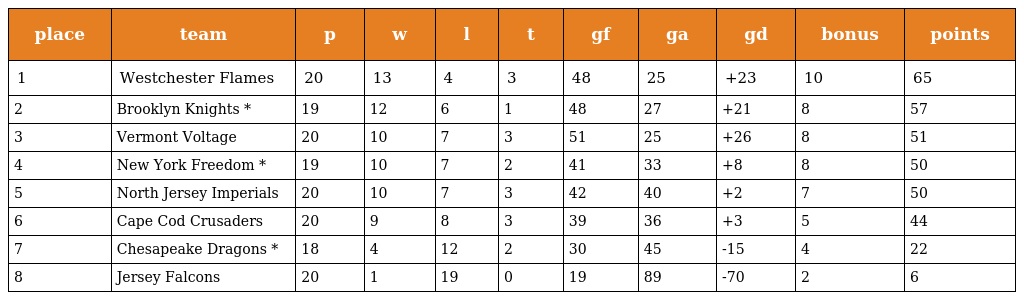
| place | team | p | w | l | t | gf | ga | gd | bonus | points |
 | --- | --- | --- | --- | --- | --- | --- | --- | --- | --- | --- |
 | 1 | Westchester Flames | 20 | 13 | 4 | 3 | 48 | 25 | +23 | 10 | 65 |
 | 2 | Brooklyn Knights * | 19 | 12 | 6 | 1 | 48 | 27 | +21 | 8 | 57 |
 | 3 | Vermont Voltage | 20 | 10 | 7 | 3 | 51 | 25 | +26 | 8 | 51 |
 | 4 | New York Freedom * | 19 | 10 | 7 | 2 | 41 | 33 | +8 | 8 | 50 |
 | 5 | North Jersey Imperials | 20 | 10 | 7 | 3 | 42 | 40 | +2 | 7 | 50 |
 | 6 | Cape Cod Crusaders | 20 | 9 | 8 | 3 | 39 | 36 | +3 | 5 | 44 |
 | 7 | Chesapeake Dragons * | 18 | 4 | 12 | 2 | 30 | 45 | -15 | 4 | 22 |
 | 8 | Jersey Falcons | 20 | 1 | 19 | 0 | 19 | 89 | -70 | 2 | 6 |